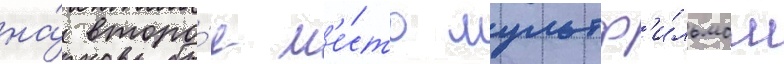
на́ второ́е м'е́сто мультф'и́льмом